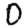
Digit: 0